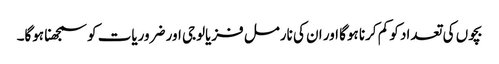
بچوں‌ کی تعداد کو کم کرنا ہوگا اور ان کی نارمل فزیالوجی اور ضروریات کو سمجھنا ہوگا۔